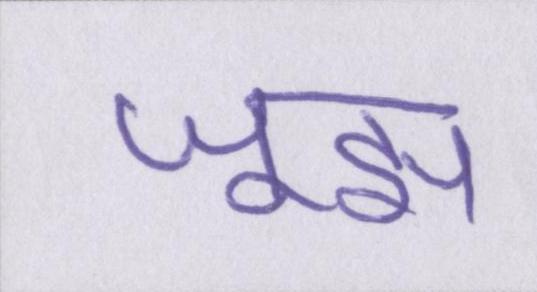
जूझ